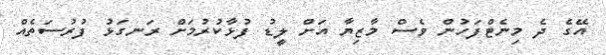
އޭގެ ދެ މިނެޓްފަހުން ވެސް މާޒިޔާ އަށް ލީޑު ފުޅާކުރުމަށް ރަނގަޅު ފުރުސަތެއް